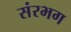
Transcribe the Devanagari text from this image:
संरभग